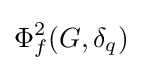
\Phi _{f}^{2}(G,\delta _{q})